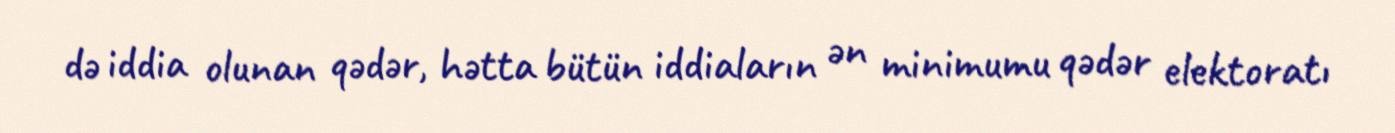
də iddia olunan qədər, hətta bütün iddiaların ən minimumu qədər elektoratı